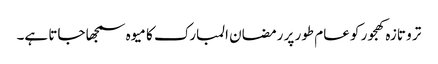
تر و تازہ کھجور کو عام طور پر رمضان المبارک کا میوہ سمجھا جاتا ہے۔